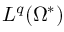
L ^ { q } ( \Omega ^ { * } )